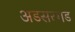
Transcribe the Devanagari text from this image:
अडसरगड